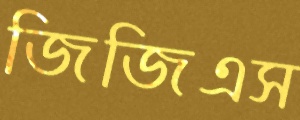
জিজিএস